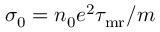
\sigma _ { 0 } = n _ { 0 } e ^ { 2 } \tau _ { \mathrm { m r } } / m